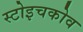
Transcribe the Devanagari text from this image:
स्टोइचकोव